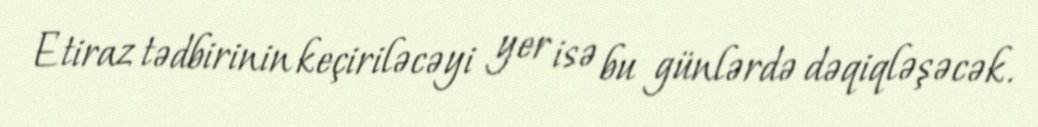
Etiraz tədbirinin keçiriləcəyi yer isə bu günlərdə dəqiqləşəcək.